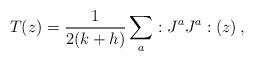
LaTeX: \begin{align*}T(z)=\frac{1}{2(k+h)}\sum_{a}:J^{a}J^{a}:(z)\,,\end{align*}